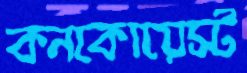
কনকোয়েস্ট